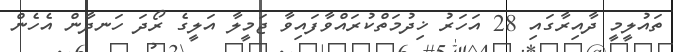
ތައުލީމީ ދާއިރާގައި 28 އަހަރު ޚިދުމަތްކުރައްވާފައިވާ ޖަމީލާ އަލީގެ ރޯދަ ހަނދާން އެހެން